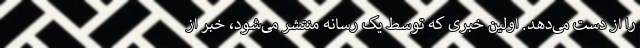
را از دست می‌دهد. اولین خبری که توسط یک رسانه منتشر می‌شود، خبر از